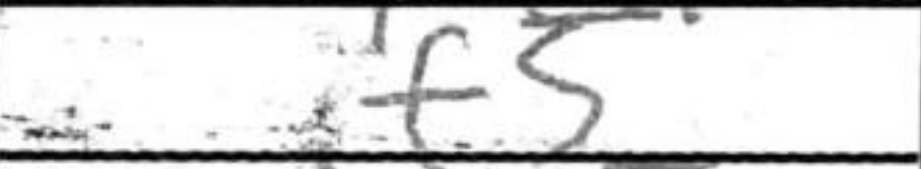
Transcription: f5